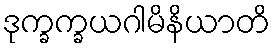
ဒုက္ခက္ခယဂါမိနိယာတိ